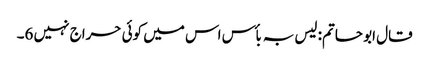
قال ابو حاتم: لیس بہ بأس اس میں کوئی حراج نہیں 6۔